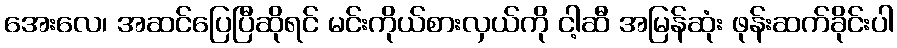
အေးလေ၊ အဆင်ပြေပြီဆိုရင် မင်းကိုယ်စားလှယ်ကို ငါ့ဆီ အမြန်ဆုံး ဖုန်းဆက်ခိုင်းပါ